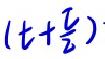
\((t+\frac{\tau}{2})\)